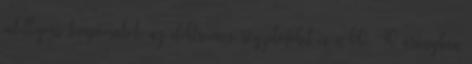
intelligens tempomatot, az elektromos rögzítőféket és a 60 40 arányban